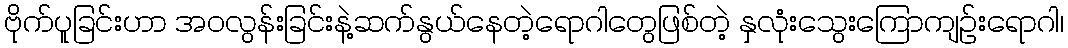
ဗိုက်ပူခြင်းဟာ အဝလွန်းခြင်းနဲ့ဆက်နွယ်နေတဲ့ရောဂါတွေဖြစ်တဲ့ နှလုံးသွေးကြောကျဉ်းရောဂါ၊